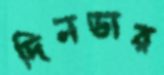
দিনডার